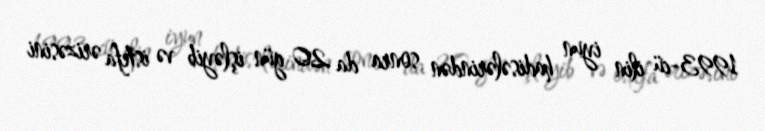
1993-cü ilin iyun hadisələrindən sonra da 20 gün işləyib və istefa ərizəsini